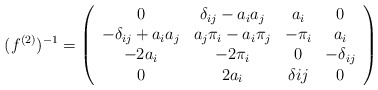
\begin{align*}(f^{(2)})^{-1}=\left(\begin{array}{cccc}0 & \delta_{ij}-a_ia_j & a_i & 0 \\-\delta_{ij}+a_ia_j & a_j\pi_i-a_i\pi_j & -\pi_i & a_i \\-2a_i & -2\pi_i & 0 & -\delta_{ij} \\0 & 2 a_i & \delta{ij} & 0 \end{array}\right)\end{align*}